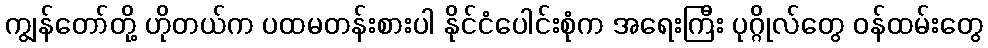
ကျွန်တော်တို့ ဟိုတယ်က ပထမတန်းစားပါ နိုင်ငံပေါင်းစုံက အရေးကြီး ပုဂ္ဂိုလ်တွေ ဝန်ထမ်းတွေ